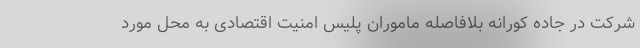
شرکت در جاده کورانه بلافاصله ماموران پلیس امنیت اقتصادی به محل مورد